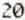
20